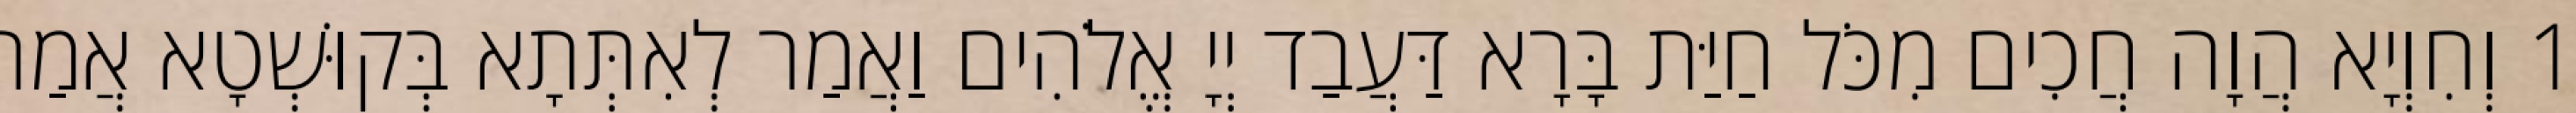
1 וְחִוְיָא הֲוָה חֲכִים מִכֹּל חַיַּת בָּרָא דַּעֲבַד יְיָ אֱלֹהִים וַאֲמַר לְאִתְּתָא בְּקוּשְׁטָא אֲמַר